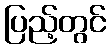
ပြည့်တွင်